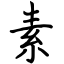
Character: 素